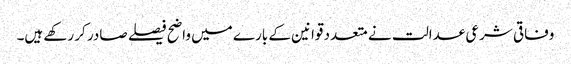
وفاقی شرعی عدالت نے متعدد قوانین کے بارے میں واضح فیصلے صادر کر رکھے ہیں۔